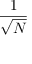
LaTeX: \frac { 1 } { \sqrt { N } }